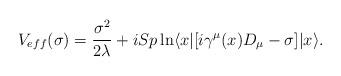
LaTeX: \begin{align*}V_{eff}(\sigma)={\sigma^2 \over 2\lambda }+i Sp \ln\langle x| [ i\gamma^\mu (x)D_\mu -\sigma] |x \rangle.\end{align*}